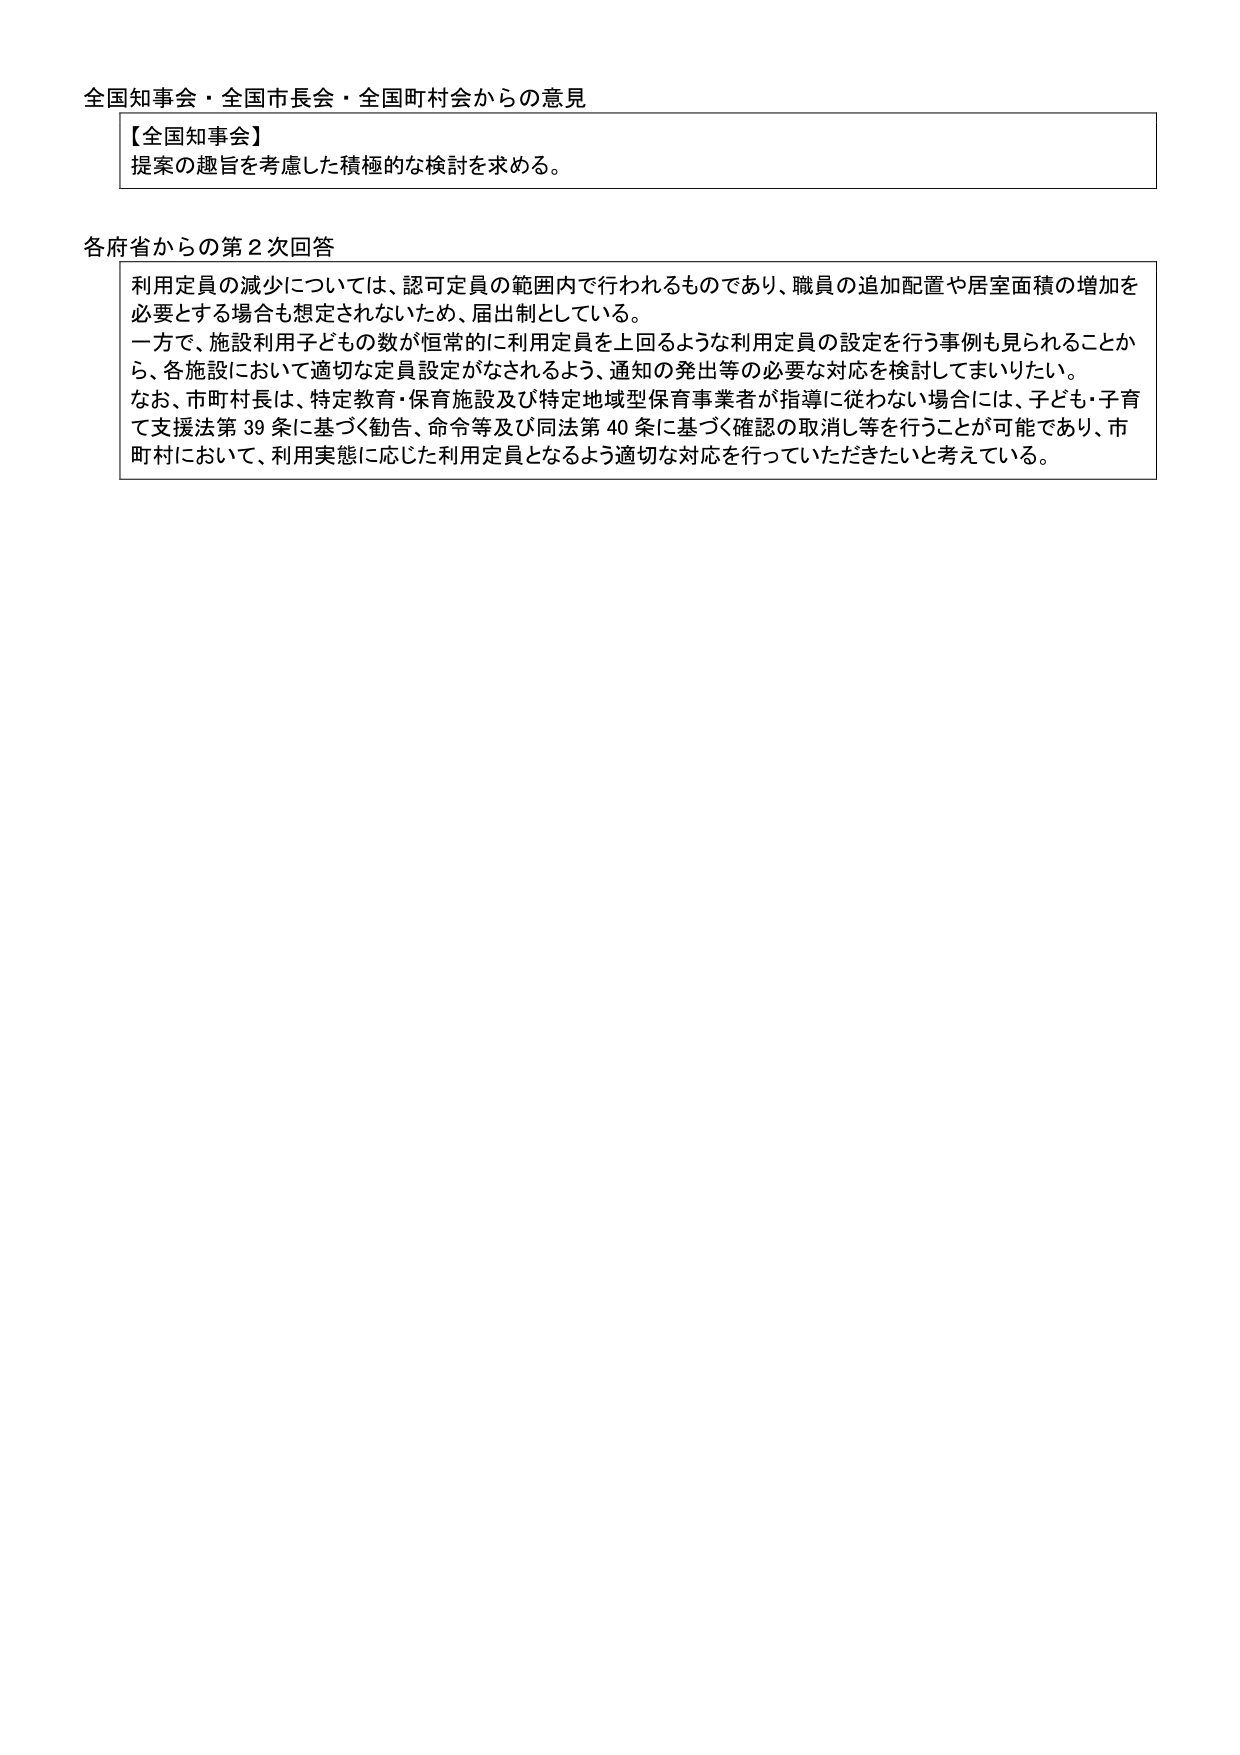
全国知事会・全国市長会・全国町村会からの意見

【全国知事会】
提案の趣旨を考慮した積極的な検討を求める。

各府省からの第２次回答
利用定員の減少については、認可定員の範囲内で行われるものであり、職員の追加配置や居室面積の増加を必要とする場合も想定されないため、届出制としている。
一方で、施設利用子どもの数が恒常的に利用定員を上回るような利用定員の設定を行う事例も見られることから、各施設において適切な定員設定がなされるよう、通知の発出等の必要な対応を検討してまいりたい。
なお、市町村長は、特定教育・保育施設及び特定地域型保育事業者が指導に従わない場合には、子ども・子育て支援法第39条に基づく勧告、命令等及び同法第40条に基づく確認の取消し等を行うことが可能であり、市町村において、利用実態に応じた利用定員となるよう適切な対応を行っていただきたいと考えている。